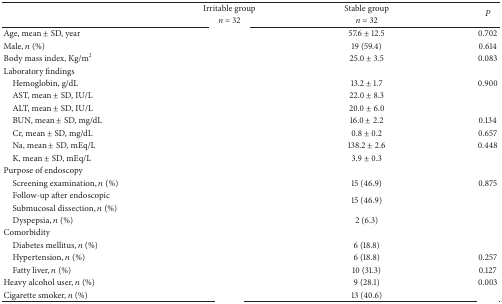
<table><thead><tr><td rowspan="2">[EMPTY_CELL]</td><td><b>Irritable group</b></td><td><b>Stable group</b></td><td rowspan="2"><b><i>P</i></b></td></tr><tr><td><b><i>n</i> = 32</b></td><td><b><i>n</i> = 32</b></td></tr></thead><tbody><tr><td>Age, mean ± SD, year</td><td>[EMPTY_CELL]</td><td>57.6 ± 12.5</td><td>0.702</td></tr><tr><td>Male, <i>n</i> (%)</td><td>[EMPTY_CELL]</td><td>19 (59.4)</td><td>0.614</td></tr><tr><td>Body mass index, Kg/m<sup>2</sup></td><td>[EMPTY_CELL]</td><td>25.0 ± 3.5</td><td>0.083</td></tr><tr><td>Laboratory findings</td><td>[EMPTY_CELL]</td><td>[EMPTY_CELL]</td><td>[EMPTY_CELL]</td></tr><tr><td> Hemoglobin, g/dL</td><td>[EMPTY_CELL]</td><td>13.2 ± 1.7</td><td>0.900</td></tr><tr><td> AST, mean ± SD, IU/L</td><td>[EMPTY_CELL]</td><td>22.0 ± 8.3</td><td>[EMPTY_CELL]</td></tr><tr><td> ALT, mean ± SD, IU/L</td><td>[EMPTY_CELL]</td><td>20.0 ± 6.0</td><td>[EMPTY_CELL]</td></tr><tr><td> BUN, mean ± SD, mg/dL</td><td>[EMPTY_CELL]</td><td>16.0 ± 2.2</td><td>0.134</td></tr><tr><td> Cr, mean ± SD, mg/dL</td><td>[EMPTY_CELL]</td><td>0.8 ± 0.2</td><td>0.657</td></tr><tr><td> Na, mean ± SD, mEq/L</td><td>[EMPTY_CELL]</td><td>138.2 ± 2.6</td><td>0.448</td></tr><tr><td> K, mean ± SD, mEq/L</td><td>[EMPTY_CELL]</td><td>3.9 ± 0.3</td><td>[EMPTY_CELL]</td></tr><tr><td>Purpose of endoscopy</td><td>[EMPTY_CELL]</td><td>[EMPTY_CELL]</td><td>[EMPTY_CELL]</td></tr><tr><td> Screening examination, <i>n</i> (%)</td><td>[EMPTY_CELL]</td><td>15 (46.9)</td><td>0.875</td></tr><tr><td> Follow-up after endoscopic </td><td rowspan="2">[EMPTY_CELL]</td><td rowspan="2">15 (46.9)</td><td rowspan="2">[EMPTY_CELL]</td></tr><tr><td> Submucosal dissection, <i>n</i> (%)</td></tr><tr><td> Dyspepsia, <i>n</i> (%)</td><td>[EMPTY_CELL]</td><td>2 (6.3)</td><td>[EMPTY_CELL]</td></tr><tr><td>Comorbidity</td><td>[EMPTY_CELL]</td><td>[EMPTY_CELL]</td><td>[EMPTY_CELL]</td></tr><tr><td> Diabetes mellitus, <i>n</i> (%) </td><td>[EMPTY_CELL]</td><td>6 (18.8)</td><td>[EMPTY_CELL]</td></tr><tr><td> Hypertension, <i>n</i> (%)</td><td>[EMPTY_CELL]</td><td>6 (18.8)</td><td>0.257</td></tr><tr><td> Fatty liver, <i>n</i> (%)</td><td>[EMPTY_CELL]</td><td>10 (31.3)</td><td>0.127</td></tr><tr><td>Heavy alcohol user, <i>n</i> (%)</td><td>[EMPTY_CELL]</td><td>9 (28.1)</td><td>0.003</td></tr><tr><td>Cigarette smoker, <i>n</i> (%)</td><td>[EMPTY_CELL]</td><td>13 (40.6)</td><td>[EMPTY_CELL]</td></tr></tbody></table>